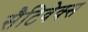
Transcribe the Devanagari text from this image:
सैटिवेक्स